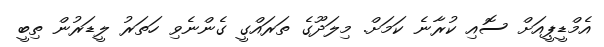
އެމްޑީޕީއަށް ސޮއި ކުރާނެ ކަމަށް. މިލަދޫގެ ތަރައްގީ ގެންނެވި ހަތަރު ލީޑަރުން ތިބީ